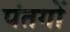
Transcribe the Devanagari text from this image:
पंतगों